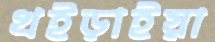
খইড়াইয়া